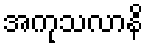
အကုသလာနိ